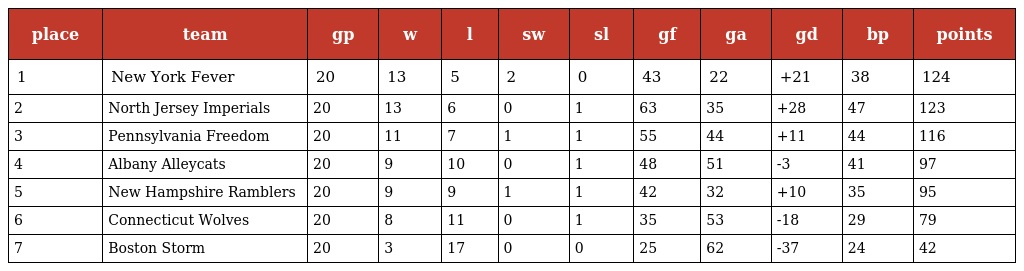
| place | team | gp | w | l | sw | sl | gf | ga | gd | bp | points |
 | --- | --- | --- | --- | --- | --- | --- | --- | --- | --- | --- | --- |
 | 1 | New York Fever | 20 | 13 | 5 | 2 | 0 | 43 | 22 | +21 | 38 | 124 |
 | 2 | North Jersey Imperials | 20 | 13 | 6 | 0 | 1 | 63 | 35 | +28 | 47 | 123 |
 | 3 | Pennsylvania Freedom | 20 | 11 | 7 | 1 | 1 | 55 | 44 | +11 | 44 | 116 |
 | 4 | Albany Alleycats | 20 | 9 | 10 | 0 | 1 | 48 | 51 | -3 | 41 | 97 |
 | 5 | New Hampshire Ramblers | 20 | 9 | 9 | 1 | 1 | 42 | 32 | +10 | 35 | 95 |
 | 6 | Connecticut Wolves | 20 | 8 | 11 | 0 | 1 | 35 | 53 | -18 | 29 | 79 |
 | 7 | Boston Storm | 20 | 3 | 17 | 0 | 0 | 25 | 62 | -37 | 24 | 42 |